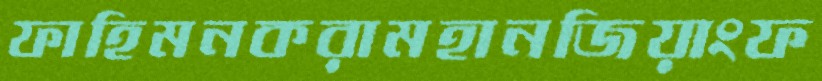
ফাহিমনকরামহানজিয়াংফ